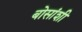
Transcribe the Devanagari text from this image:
बोसांशी